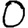
Digit: 0